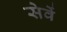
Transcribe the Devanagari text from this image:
सेवें